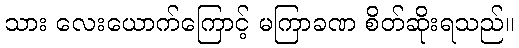
သား လေးယောက်ကြောင့် မကြာခဏ စိတ်ဆိုးရသည်။